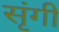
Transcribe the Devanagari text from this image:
सृंगी